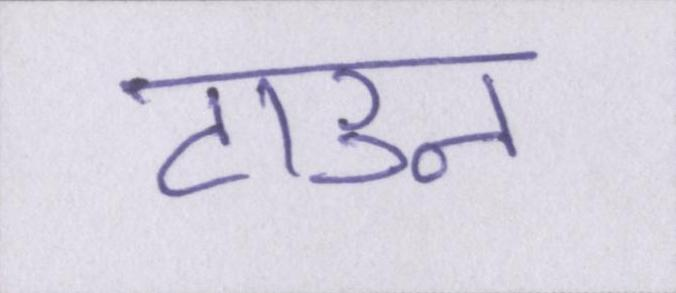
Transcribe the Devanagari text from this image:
टाउन